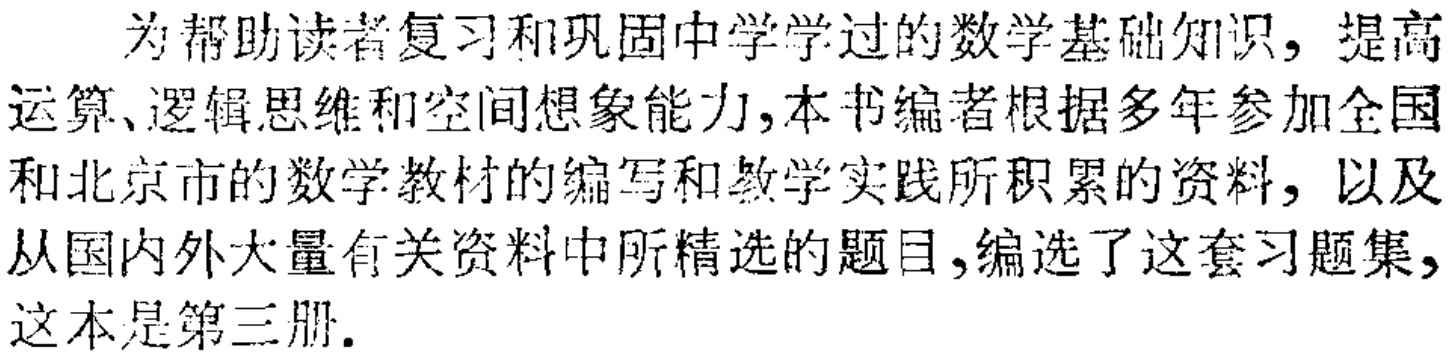
为帮助读者复习和巩固中学学过的数学基础知识，提高运算、逻辑思维和空间想象能力，本书编者根据多年参加全国和北京市的数学教材的编写和教学实践所积累的资料，以及从国内外大量有关资料中所精选的题目，编选了这套习题集，这本是第三册.